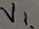
Text: VL